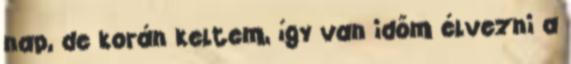
nap, de korán keltem, így van időm élvezni a